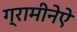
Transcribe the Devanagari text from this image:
ग्रामीनेऐ